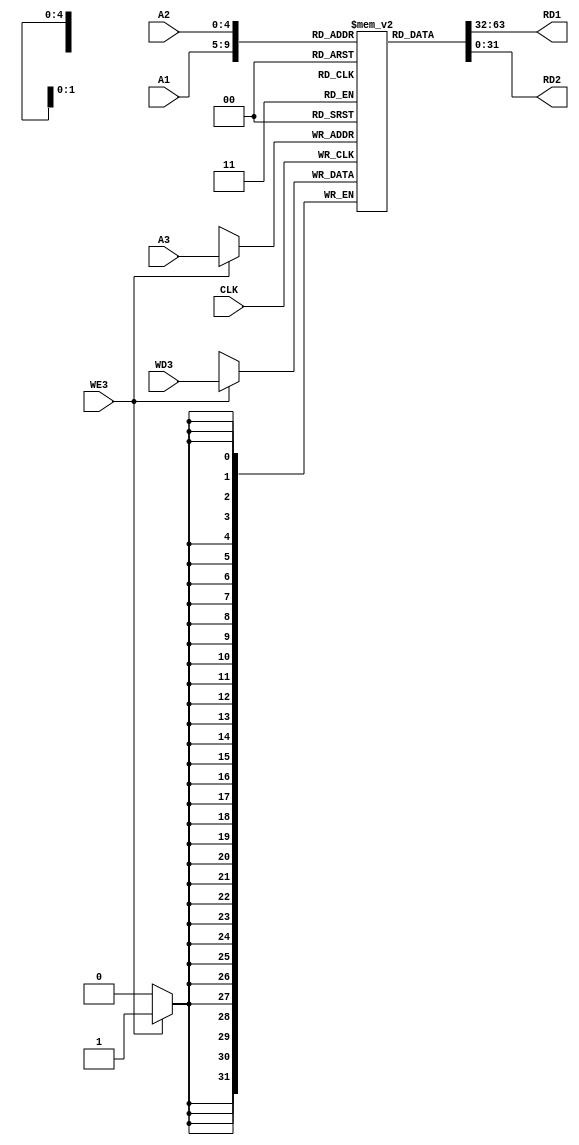
module ram_memory(CLK, A1, A2, A3, WD3, WE3, RD1, RD2);
integer i;
reg data_getted;
input CLK;
input [4:0] A1;
input [4:0] A2;
input [4:0] A3;
input [31:0] WD3;
reg [31:0] data [31:0];

initial
begin
for (i = 0; i < 32; i = i + 1) begin
    data[i] = 32'b0;
end
data_getted = 0;
end

input WE3;
output [31:0] RD1;
output [31:0] RD2;

assign RD1 = data[A1];
assign RD2 = data[A2];


always @(posedge CLK)
begin
if (WE3) begin
    data[A3] <= WD3;
    data_getted = ~data_getted;
end
end 

endmodule